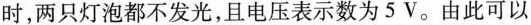
时，两只灯泡都不发光，且电压表示数为5V。由此可以